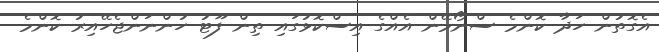
އެގޮތުން ހަދާ ކޮންމެ ސްނޯމޭން އެއްގެ އިސްކޮޅުގައި ތިން ފޫޓު ހުންނަންޖެހޭއިރު ކޮންމެ